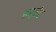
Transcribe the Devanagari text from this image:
हर्नेट